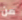
من